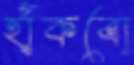
হাঁকবো